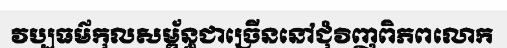
វប្បធម៌កុលសម្ព័ន្ធជាច្រើននៅជុំវិញពិភពលោក